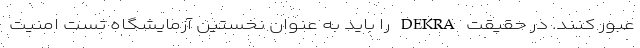
عبور کنند. در حقیقت DEKRA را باید به عنوان نخستین آزمایشگاه تست امنیت